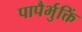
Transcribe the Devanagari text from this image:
पापैर्भुक्तिं